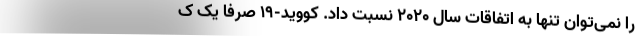
را نمی‌توان تنها به اتفاقات سال ۲۰۲۰ نسبت داد. کووید-۱۹ صرفا یک ک